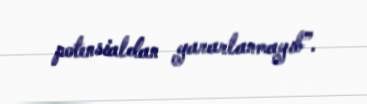
potensialdan yararlanmayıb”.